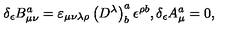
\delta _ { \epsilon } B _ { \mu \nu } ^ { a } = \varepsilon _ { \mu \nu \lambda \rho } \left( D ^ { \lambda } \right) _ { b } ^ { a } \epsilon ^ { \rho b } , \delta _ { \epsilon } A _ { \mu } ^ { a } = 0 ,